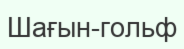
Шағын-гольф